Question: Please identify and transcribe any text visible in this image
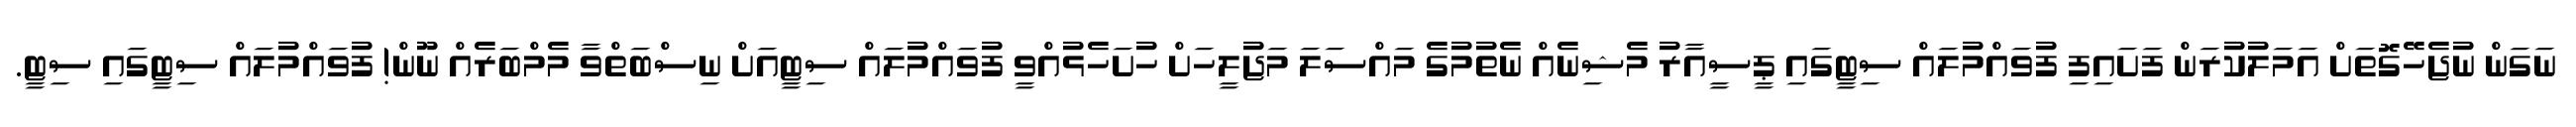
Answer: ނަގަން ނުޖެހޭގޮތަށް އަމަލުކުރަން ފަށައިފި ފުވައްމުލައް ސިޓީގައި ޕީސީއާރު މެޝިނެއް ނެތުމުގެ މައްސަލަ މަޖުލީހަށް ހުށަހެޅުއްވީ ފުވައްމުލައް ސިޓީއަށް ނިސްބަތްވާ މެމްބަރެއް ނޫން! ފުވައްމުލައް ސިޓީގައި ސިޓީ.